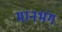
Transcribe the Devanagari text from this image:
मानभंग